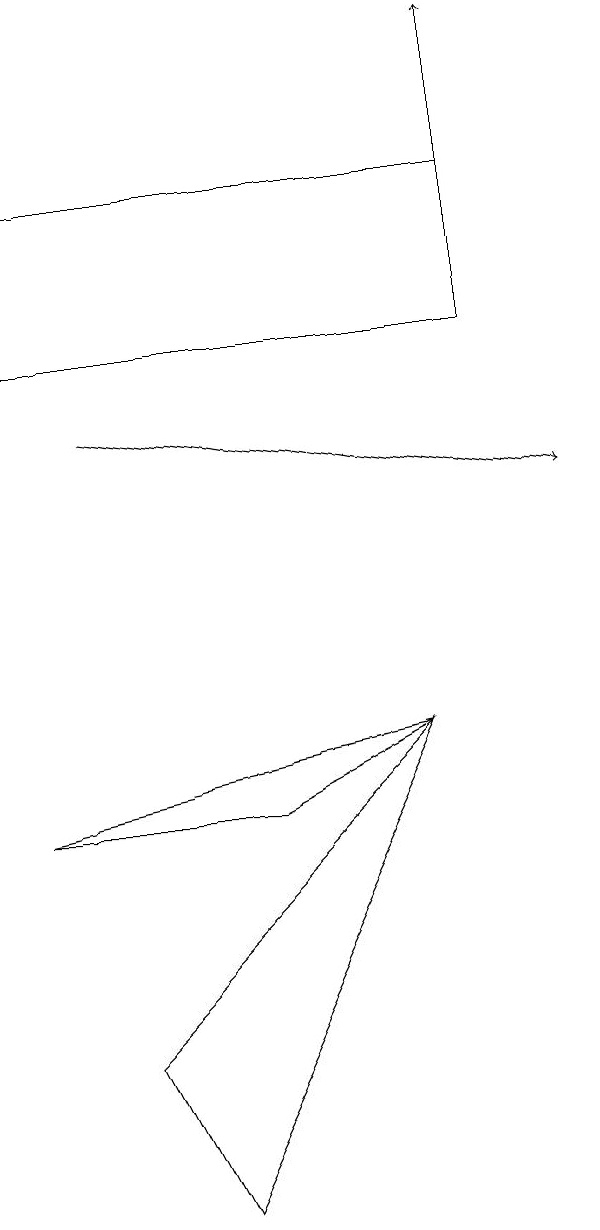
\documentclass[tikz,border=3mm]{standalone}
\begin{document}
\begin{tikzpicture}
\draw (5,7) -- (3,6) -- (0,6) -- cycle;
\draw (1,3) -- (5,7) -- (2,1) -- cycle;
\draw[->] (6,14) -- (6,16);
\draw (0,14) rectangle (6,12);
\draw[->] (1,11) -- (7,10);
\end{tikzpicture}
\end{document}